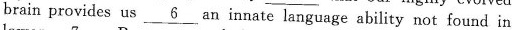
brain provides us \underline{6} an in nate language ability not found in